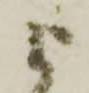
よ